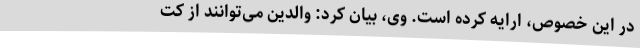
در این خصوص، ارایه کرده است. وی، بیان کرد: والدین می‌توانند از کت